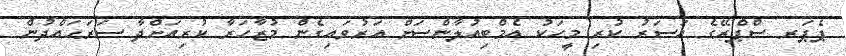
ޕެޕަރ ސްޕްރޭގެ އަސަރު ކުރި މީހަކު އެމްބިއުލާންސަށް އަރުވައިގެން މުޒާހަރާ ކުރިއަށްދާ ސަރަޙައްދުން